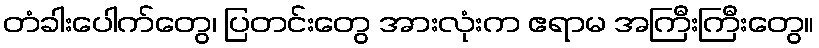
တံခါးပေါက်တွေ၊ ပြတင်းတွေ အားလုံးက ဧရာမ အကြီးကြီးတွေ။